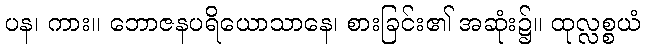
ပန၊ ကား။ ဘောဇနပရိယောသာနေ၊ စားခြင်း၏ အဆုံး၌။ ထုလ္လစ္စယံ